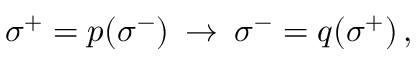
\: \sigma ^ { + } = p ( \sigma ^ { - } ) \: \rightarrow \: \sigma ^ { - } = q ( \sigma ^ { + } ) \, , \: